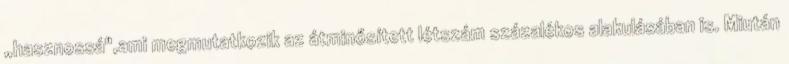
„hasznossá",ami megmutatkozik az átminősített létszám százalékos alakulásában is. Miután